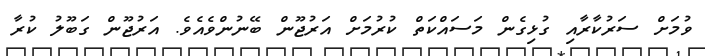
ވުމަށް ސަރުކާރާއި ގުޅިގެން މަސައްކަތް ކުރުމަށް އަރުޖޫން ބޭނުންވެއެވެ. އަރުޖޫން ގަބޫލު ކުރާ